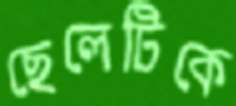
ছেলেটিকে